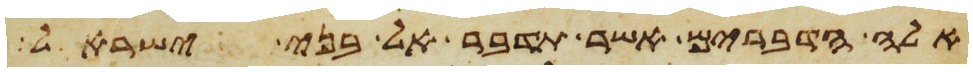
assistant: אלה הדברים אשר תדבר אל בני ישראל